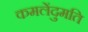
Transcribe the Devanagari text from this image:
कमलेंदुमति